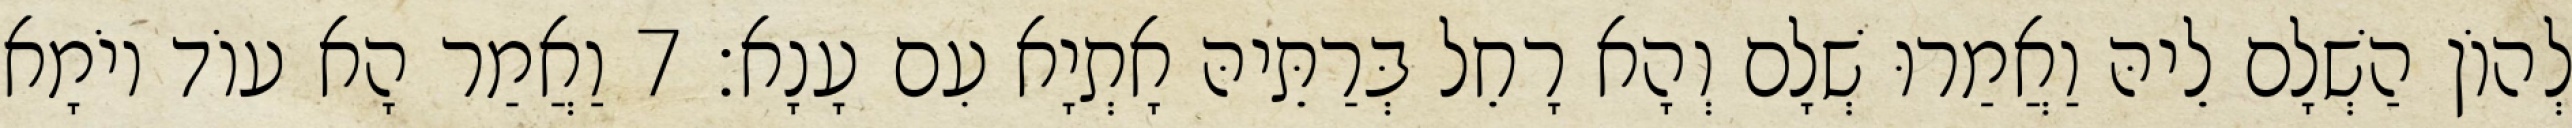
לְהוֹן הַשְׁלָם לֵיהּ וַאֲמַרוּ שְׁלָם וְהָא רָחֵל בְּרַתֵּיהּ אָתְיָא עִם עָנָא׃ 7 וַאֲמַר הָא עוֹד יוֹמָא